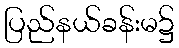
ပြည်နယ်ခန်းမ၌